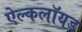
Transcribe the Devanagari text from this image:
ऐल्कलॉयड